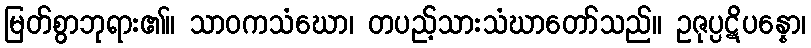
မြတ်စွာဘုရား၏။ သာဝကသံဃော၊ တပည့်သားသံဃာတော်သည်။ ဥဇုပ္ပဋိပန္နော၊